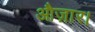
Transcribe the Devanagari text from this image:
औज़ार।